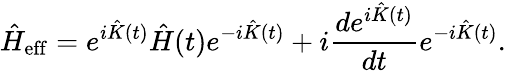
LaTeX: \hat{H}_{\mathrm{eff}}=e^{i\hat{K}(t)}\hat{H}(t)e^{-i\hat{K}(t)}+i\frac{de^{i\hat{K}(t)}}{dt}e^{-i\hat{K}(t)}.